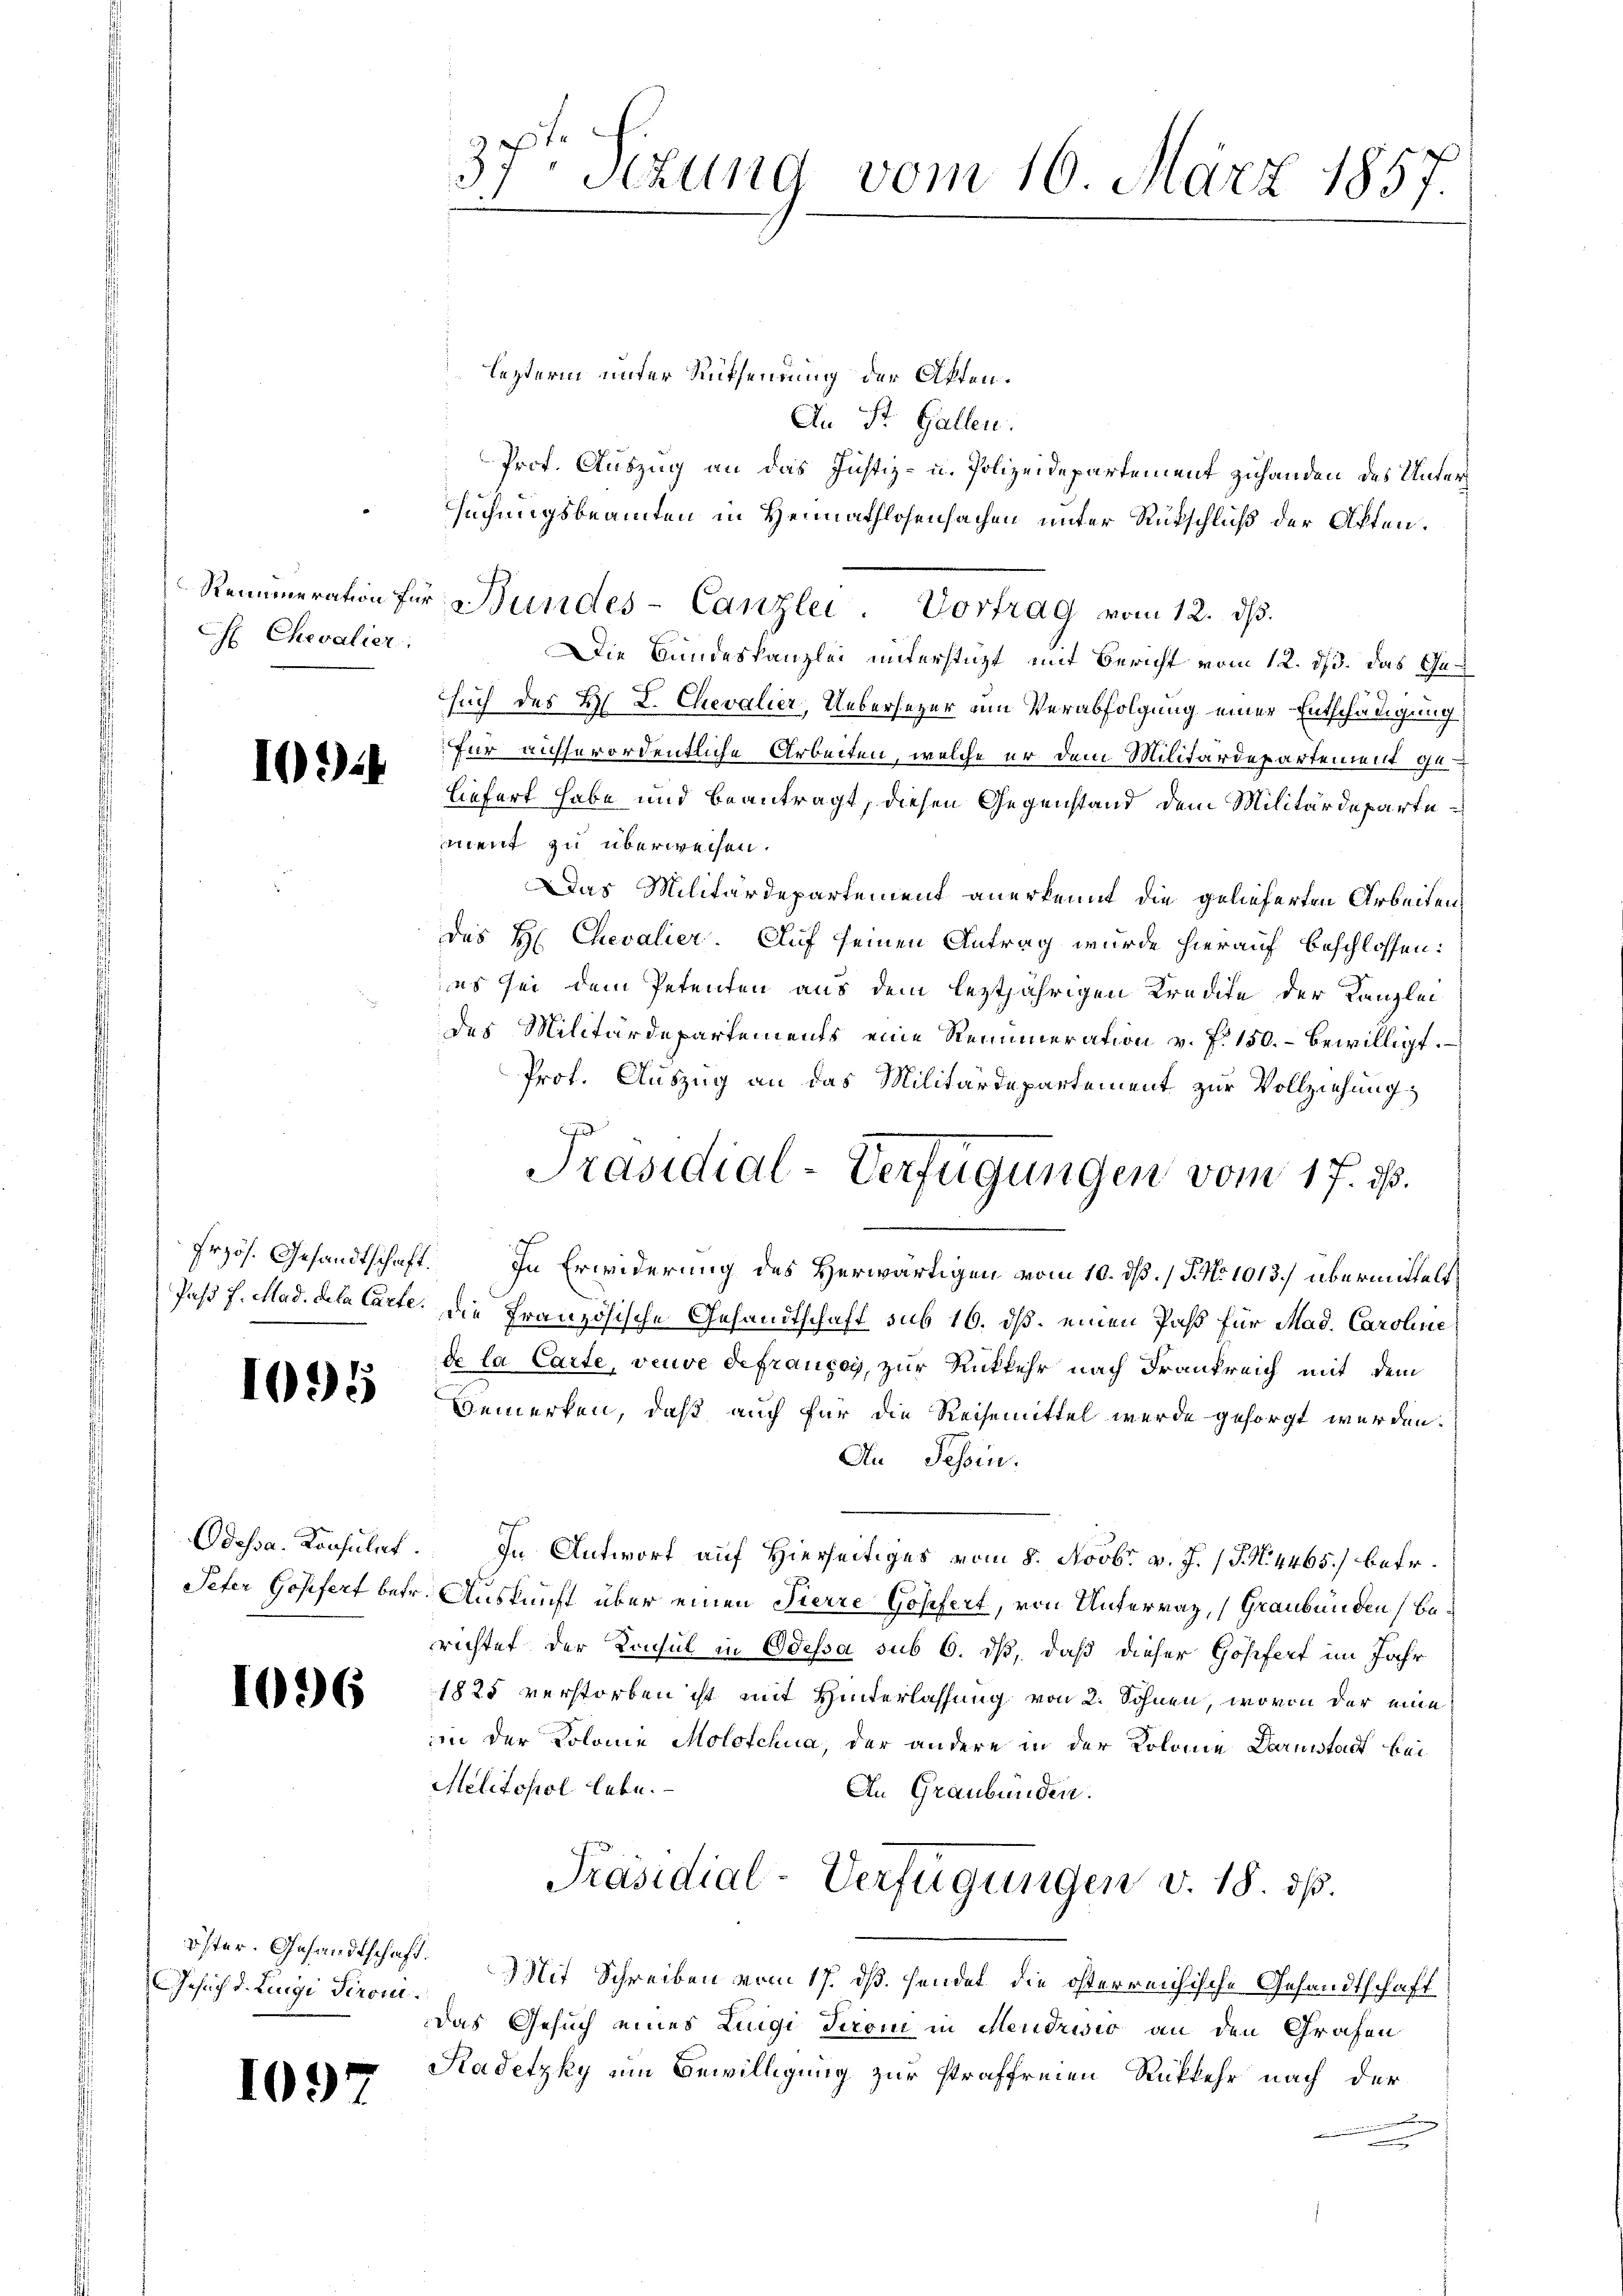
Chevalier

102)

1095

Odessa. Konsulat.
Peter Gosifert betr.

1096

Gesuch d. Lingi Pirom.

109

37t Sizung vom 16. März 1857.

lezterm unter Rüksendung der Akten.
An St. Gallen.
Prof. Auszug an das Justiz- u. Polizeidepartement zuhanden des Untersuchungsbeamten in Heimathlosensachen unter Rutschluß der Akten.
Die Bundeskanzlei unterstüzt mit Bericht vom 12. ds. das Gesuch des H. L. Chevalier, Uebersezer um Verabfolgung einer Entschädigung
für ausserordentliche Arbeiten, welche er dem Militärdepartement geliefert habe und beantragt, diesen Gegenstand dem Militärdepartement zu überweisen.
Das Militärdepartement anerkennt die gelieferten Arbeiten,
das H: Chevalier. Auf seinen Antrag wurde hierauf beschlossen:
es sei dem Petenten aus dem leztjährigen Kredite der Kanzlei
des Militärdepartements eine Remuneration v. f. 150.- bewilligt.
Prof. Auszug an das Militärdepartement zur Vollziehung
frzös. Gesandtschaft. In Erwiderung des Herwärtigen vom 10. dß. / 5. No 1013.) übermittelt
Paß H. Mad. dela Carte. Die Französische Gesandtschaft sub 16. ds. einen Past für Mad. Caroline
de la Carte, veuve defraupey, zur Rückkehr nach Drankreich mit dem
Bemerken, daß auch für die Reisemittel wurde gesorgt werden.
An Tessin.
In Antwort auf Hierseitiges vom 8. Novbr. v. J. P. N. 4465) betr.
Auskunft über einen Fierze Gosefert, von Unterrat, Graubünden Berichtet der Konsul in Odessa sub 6. dß, daß dieser Gösifert im Jahr
1825 verstorben ist mit Hinterlassung von 2. Sohnen, wovon der eine
iin der Kolonie Moloschua, der andere in der Kolome Darmstadt bei
Militopol lebe.
An Graubünden.
Präsidial-Verfügungen v. 18. ds.
öster. Gesandtschaft. Mit Schreiben vom 17. ds. sendet die österreichische Gesandtschaft
das Gesuch eines Luigi Tironi in Mendrisis an den Grafen
Kadetzky ein Bewilligung zur straffreien Rückkehr nach der
.
e

Remuneration für Bundes-Canzlei. Vortrag vom 12. dβ.

Präsidial-Verfügungen vom 17. ds.